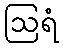
ဩရံ